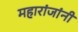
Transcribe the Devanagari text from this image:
महारांजांनी